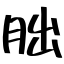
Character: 朏